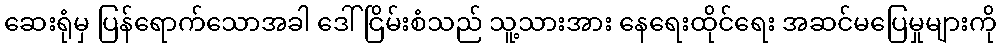
ဆေးရုံမှ ပြန်ရောက်သောအခါ ဒေါ်ငြိမ်းစံသည် သူ့သားအား နေရေးထိုင်ရေး အဆင်မပြေမှုများကို